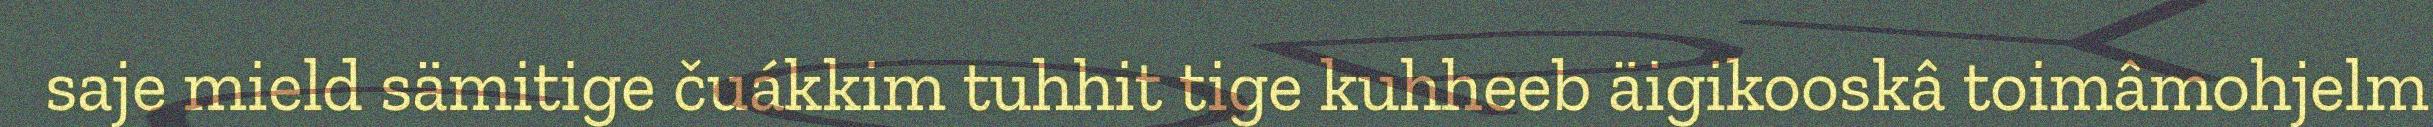
saje mield sämitige čuákkim tuhhit tige kuhheeb äigikooskâ toimâmohjelm